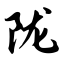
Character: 陇